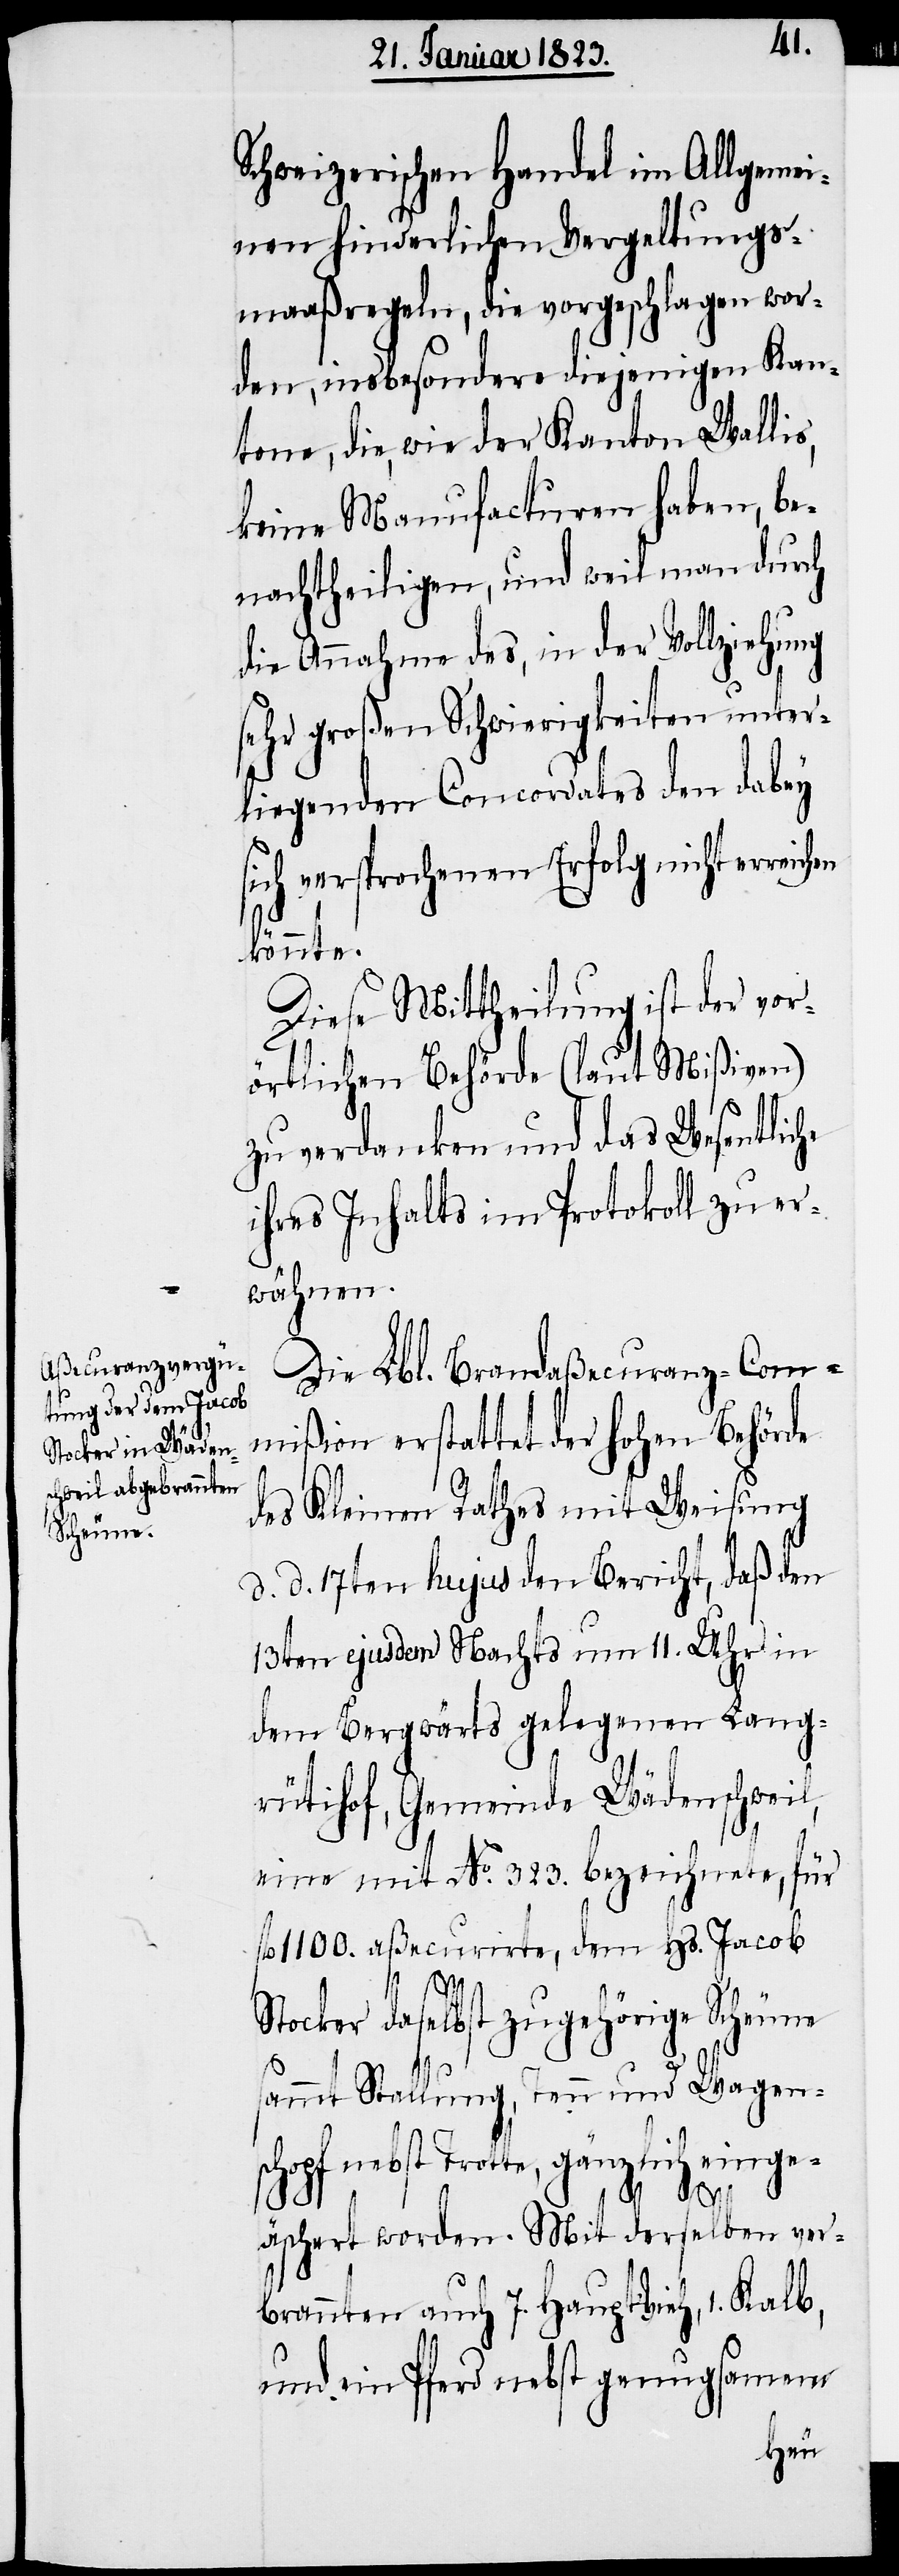
Schweizerischen Handel im Allgemei¬
nen hinderlichen Vergeltungs¬
maaßregeln, die vorgeschlagen wor¬
den, insbesondere diejenigen Kan¬
tone, die, wie der Kanton Wallis,
keine Manufacturen haben, be¬
nachtheiligen, und weil man durch
die Annahme des, in der Vollziehung
sehr großen Schwierigkeiten unter¬
liegenden Concordates den dabey
sich versprochenen Erfolg nicht errei¬
könnte.
Diese Mittheilung ist der vor¬
örtlichen Behörde (laut Mißiven)
zu verdanken und das Wesentliche
ihres Inhalts im Protokoll zu er¬
wähnen.
Die Lbl. Brandaßecuranz-Com¬
mißion erstattet der hohen Behörde
des Kleinen Rathes mit Weisung
d. d. 17ten hujus den Bericht, daß den
13ten ejusdem Nachts um 11. Uhr in
dem Bergwärts gelegenen Lang¬
rütihof, Gemeinde Wädenschweil,
eine mit No. 323. bezeichnete, für
fl. 1100. aßecurirte, dem Hs. Jacob
Stocker daselbst zugehörige Scheune
sammt Stallung, Tenn und Wagen¬
schopf nebst Trotte, gänzlich einge¬
äschert worden. Mit derselben ver¬
brannten auch 7. Haupt Vieh, 1. Kalb,
und ein Pferd nebst genugsamem
chen